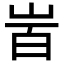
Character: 𡶾